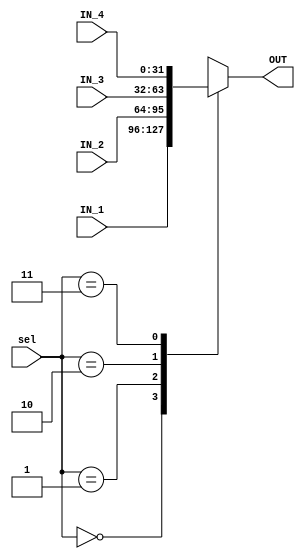
// TYPE: module
// DEPARTMENT: communication and electronics department
// AUTHOR EMAIL: mina.hannaone@gmail.com
//------------------------------------------------
// Release history
// VERSION DATE AUTHOR DESCRIPTION
// 1.0 1/9/2022 Mina Hanna final version
//------------------------------------------------
// KEYWORDS: mux, 4x1
//------------------------------------------------
// PURPOSE: this is a 4 input multiplexer\
///////////inputs and outputs ports declaration//////////////
module mux4X1 #(parameter WIDTH =32) (
  input    wire    [1:0]               sel,
  input    wire    [WIDTH-1:0]         IN_1,
  input    wire    [WIDTH-1:0]         IN_2,
  input    wire    [WIDTH-1:0]         IN_3,
  input    wire    [WIDTH-1:0]         IN_4,
  output   reg     [WIDTH-1:0]         OUT
  );
  
  always@(*)
  begin
    case(sel)
      2'b00        :begin
                     OUT = IN_1;
                    end
      2'b01        :begin
                     OUT = IN_2;
                    end
      2'b10        :begin
                     OUT = IN_3;
                    end
      2'b11        :begin
                     OUT = IN_4;
                    end
    endcase
  end
  
endmodule